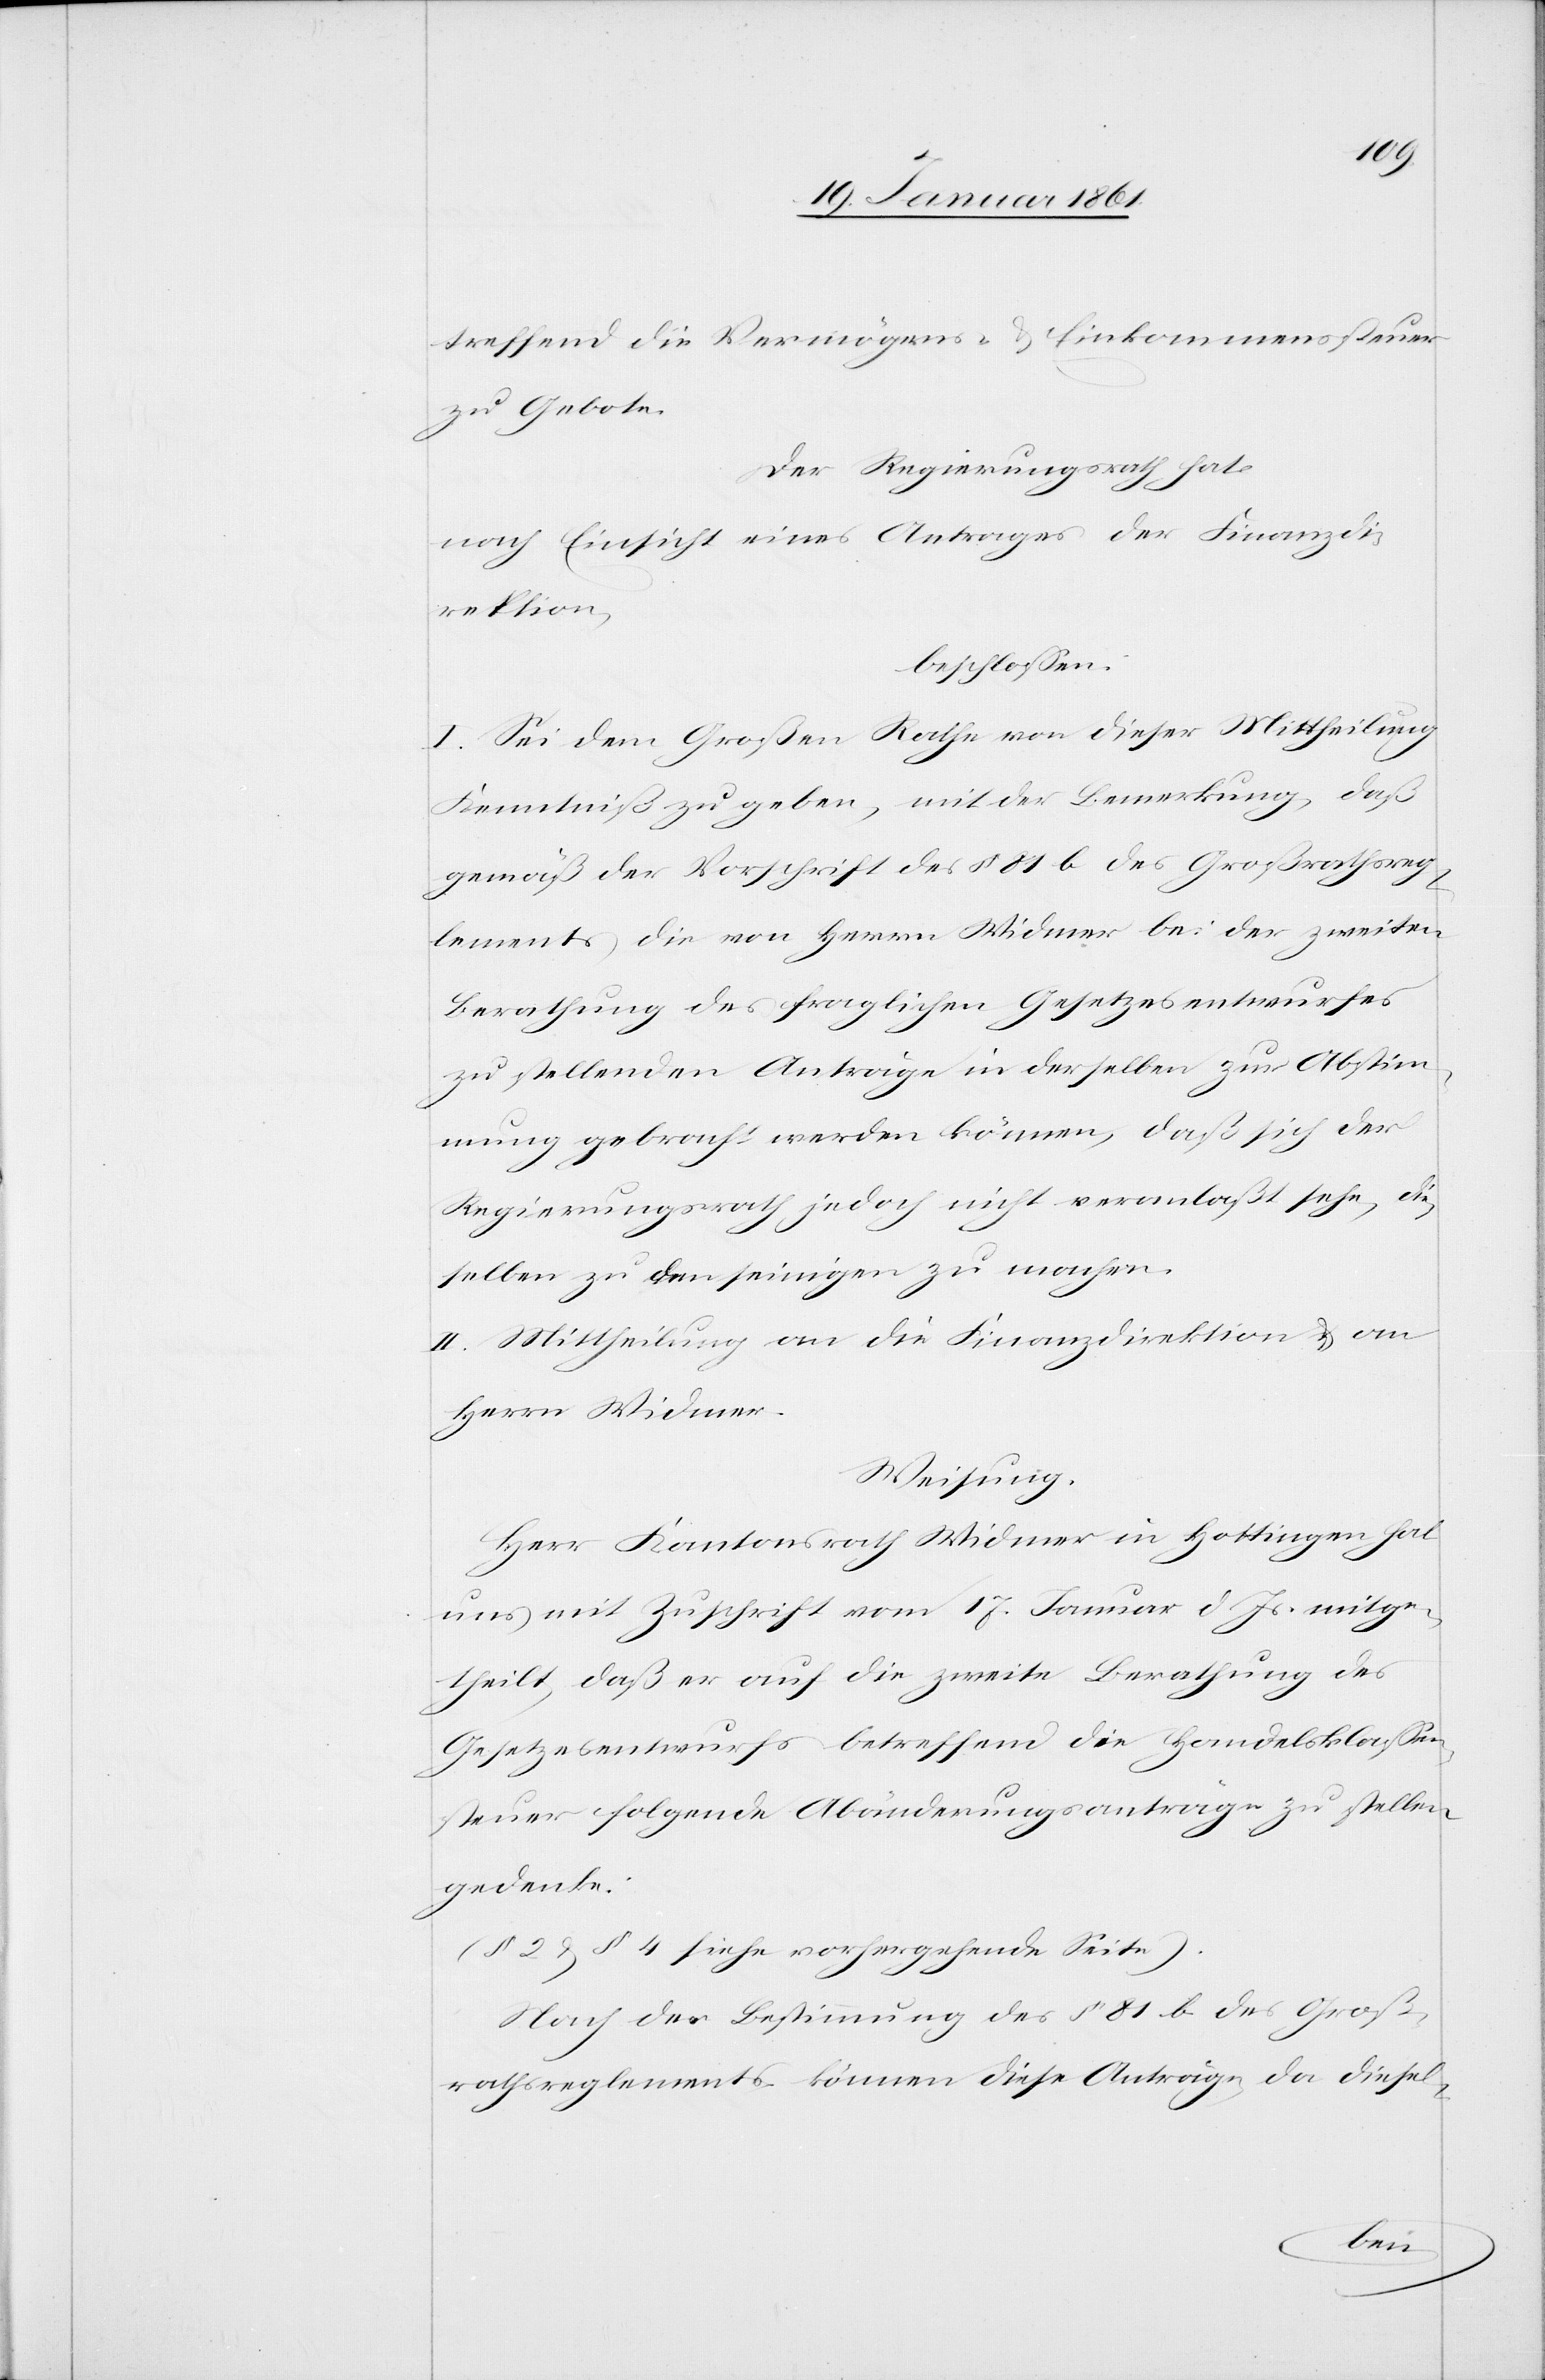
treffend die Vermögens- u. Einkommenssteuer
zu Gebote.
Der Regierungsrath hat,
nach Einsicht eines Antrages der Finanzdi¬
rektion,
beschlossen:
I. Sei dem Großen Rathe von dieser Mittheilung
Kenntniß zu geben, mit der Bemerkung, daß
gemäß der Vorschrift des §. 81 b des Großrathsreg¬
lements die von Herrn Widmer bei der zweiten
Berathung des fraglichen Gesetzesentwurfes
zu stellenden Anträge in derselben zur Abstim¬
mung gebracht werden können, daß sich der
Regierungsrath jedoch nicht veranlaßt sehe, die¬
selben zu den seinigen zu machen.
II. Mittheilung an die Finanzdirektion u. an
Herrn Widmer.
Weisung.
Herr Kantonsrath Widmer in Hottingen hat
uns mit Zuschrift vom 17. Januar d. Js. mitge¬
theilt, daß er auf die zweite Berathung des
Gesetzesentwurfs betreffend die Handelsklassen¬
steuer folgende Abänderungsanträge zu stellen
gedenke.
(§. 2 u. §. 4 siehe vorhergehende Seite).
Nach der Bestim[m]ung des §. 81 des Groß¬
rathsreglements können diese Anträge, da diesel-